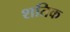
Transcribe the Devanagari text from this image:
शतिक